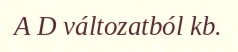
A D változatból kb.